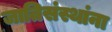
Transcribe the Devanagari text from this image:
जातिसंस्थांना